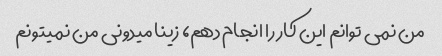
من نمی توانم این کار را انجام دهم، زینا میدونی من نمیتونم